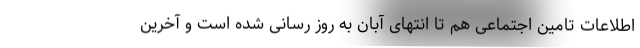
اطلاعات تامین اجتماعی هم تا انتهای آبان به روز رسانی شده است و آخرین